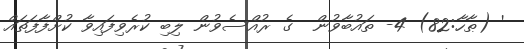
' (ޠާހާ:82) 4- ތައުބާވުން  ގެ ރުއްސެވުން ލިބި ކުރެވިފައިވާ ކުށްފާފަތައް